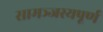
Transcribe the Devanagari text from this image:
सामञ्जस्यपूर्ण